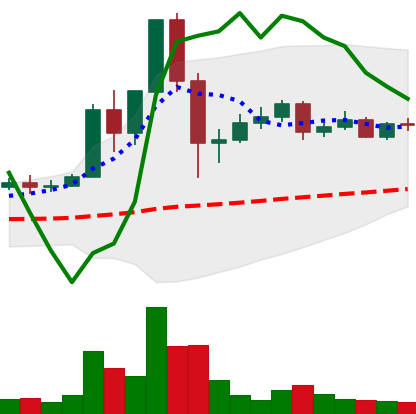
Ticker: DOGE-USD
Chart end date: 2020-12-06
Forward return: -9.12%
Label: down_7plus